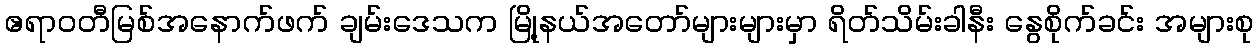
ဧရာဝတီမြစ်အနောက်ဖက် ချမ်းဒေသက မြို့နယ်အတော်များများမှာ ရိတ်သိမ်းခါနီး နွေစိုက်ခင်း အများစု